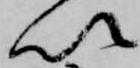
以